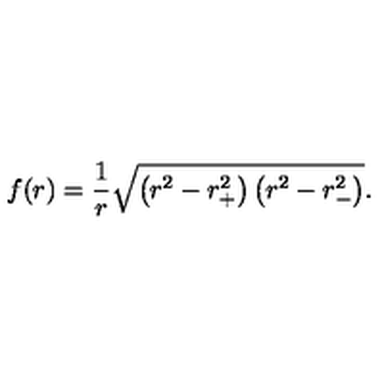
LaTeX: f ( r ) = { \frac { 1 } { r } } \sqrt { \left( r _ { \vphantom + } ^ { 2 } - r _ { + } ^ { 2 } \right) \left( r _ { \vphantom - } ^ { 2 } - r _ { - } ^ { 2 } \right) } .